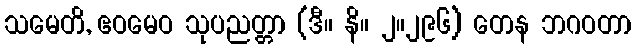
သမေတိ, ဧဝမေဝ သုပညတ္တာ (ဒီ။ နိ။ ၂။၂၉၆) တေန ဘဂဝတာ